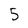
Character: 5